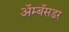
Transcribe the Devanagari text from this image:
ॲम्बॅसडर